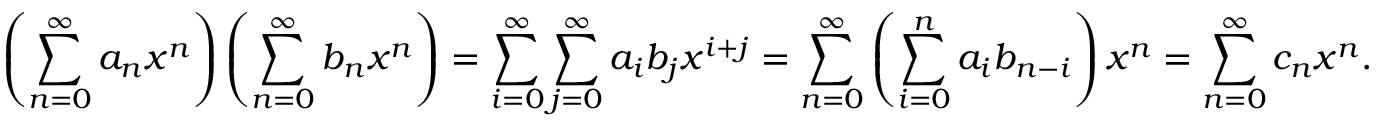
\left( \sum _ { n = 0 } ^ { \infty } a _ { n } x ^ { n } \right) \left( \sum _ { n = 0 } ^ { \infty } b _ { n } x ^ { n } \right) = \sum _ { i = 0 } ^ { \infty } \sum _ { j = 0 } ^ { \infty } a _ { i } b _ { j } x ^ { i + j } = \sum _ { n = 0 } ^ { \infty } \left( \sum _ { i = 0 } ^ { n } a _ { i } b _ { n - i } \right) x ^ { n } = \sum _ { n = 0 } ^ { \infty } c _ { n } x ^ { n } .